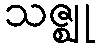
သဇ္ဈု